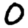
Digit: 0